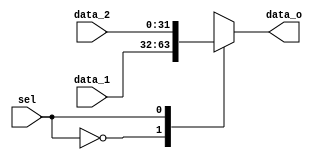
module Multiplexer2Way #(parameter width=32) (
	input		[width-1:0]	data_1, data_2,
	input 					sel,
	output reg	[width-1:0]	data_o
);
	
	always @ (*)
	begin
		case (sel)
			1'b0	:	data_o <= data_1;
			1'b1	:	data_o <= data_2;
		endcase
	end

endmodule